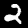
Digit: 2